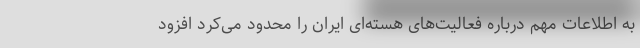
به اطلاعات مهم درباره فعالیت‌های هسته‌ای ایران را محدود می‌کرد افزود